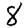
Digit: 8